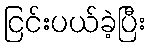
ငြင်းပယ်ခဲ့ပြီး